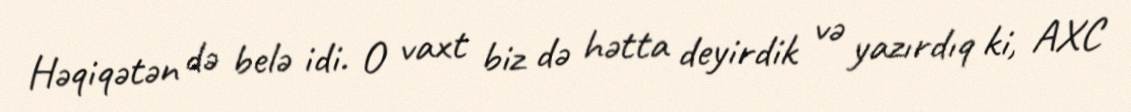
Həqiqətən də belə idi. O vaxt biz də hətta deyirdik və yazırdıq ki, AXC